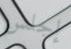
إجلس